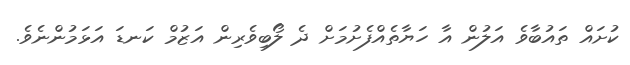
ކުށައް ތައުބާވެ އަލުން އާ ހަޔާތެއްފެށުމަށް ދެ ލޯބިވެރިން އަޒުމް ކަނޑަ އަޅަމުންނެވެ.